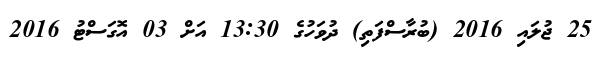
25 ޖުލައި 2016 (ބުރާސްފަތި) ދުވަހުގެ 13:30 އަށް 03 އޮގަސްޓު 2016